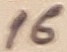
Text: 16